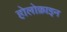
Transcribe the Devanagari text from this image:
होलोक्राइन